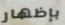
بإظهار